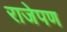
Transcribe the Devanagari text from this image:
राजेपण